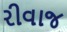
રીવાજ